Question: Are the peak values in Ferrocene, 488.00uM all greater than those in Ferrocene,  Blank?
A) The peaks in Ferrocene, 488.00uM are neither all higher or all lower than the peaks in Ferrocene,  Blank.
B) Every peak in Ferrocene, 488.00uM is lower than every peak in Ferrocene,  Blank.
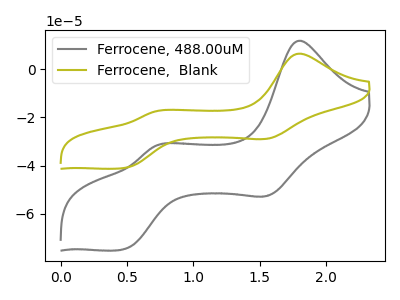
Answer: <think>The gray curve "Ferrocene, 488.00uM" has anodic peaks at (1.80V, 11.95uA) (0.70V, -31.90uA) and cathodic peaks at (1.55V, -52.40uA) (0.45V, -74.95uA). The olive curve "Ferrocene,  Blank" has anodic peaks at (1.80V, 6.55uA) (0.70V, -17.50uA) and cathodic peaks at (1.55V, -28.75uA) (0.45V, -41.10uA).</think>
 <answer>A) The peaks in "Ferrocene, 488.00uM" are neither all higher or all lower than the peaks in "Ferrocene,  Blank".</answer>
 <eval>A</eval>